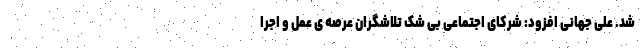
شد. علی جهانی افزود: شرکای اجتماعی بی شک تلاشگران عرصه ی عمل و اجرا